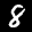
Label: 8